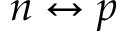
n \leftrightarrow p